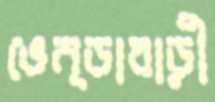
ভেন্ডাবাড়ী